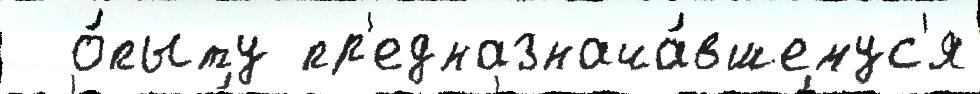
  о́пыту пр'едназнача́вшемус'я